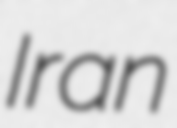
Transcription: Iran